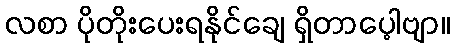
လစာ ပိုတိုးပေးရနိုင်ချေ ရှိတာပေ့ါဗျာ။